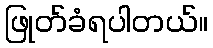
ဖြုတ်ခံရပါတယ်။